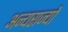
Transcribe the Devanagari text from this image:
अन्यराज्यों